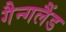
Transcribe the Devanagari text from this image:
गैन्गलैंड